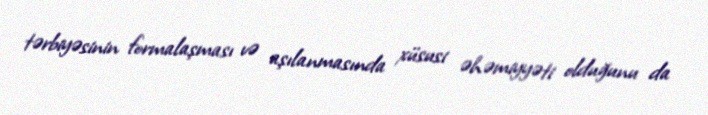
tərbiyəsinin formalaşması və aşılanmasında xüsusi əhəmiyyəti olduğunu da